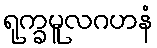
ရုက္ခမူလဂဟနံ